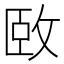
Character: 𫾱